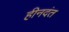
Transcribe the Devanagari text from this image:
हीनदंत